Civil Veterinary Dept. Bombay admin report 1923-31 - 1923-1931
Year: 1923
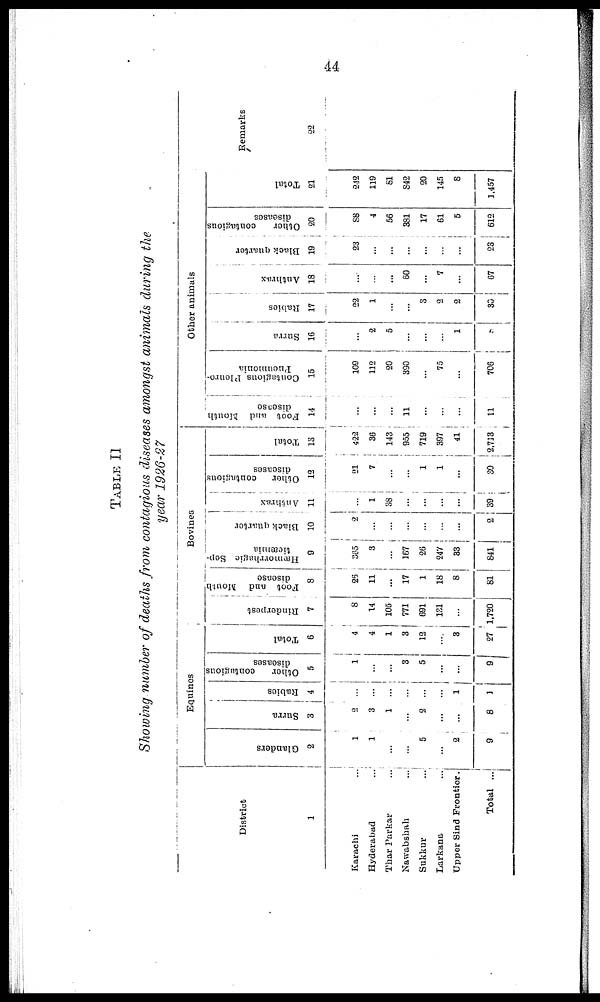
44
TABLE II
Showing number of deaths from contagious diseases amongst animals during the
year 1926-27
District
1
Karachi ...
Hyderabad ...
Thar Parkar ...
Nawabshah ...
Sukkur ...
Larkana ...
Upper Sind Frontier.
Total ...
Equines
Glanders
2
1
1
...
...
5
...
2
9
Surra
3
2
3
1
...
2
...
...
8
Rabies
4
...
...
...
...
...
...
1
1
Other
contagious
diseases
5
1
...
...
3
5
...
...
9
Total
6
4
4
1
3
12
...
3
27
Bovines
Rinderpest
7
8
14
105
771
691
131
...
1,720
Foot and Mouth
disease
8
25
11
...
17
1
18
8
81
Hæmorrhagic Sep-
ticæmia
9
365
3
...
167
26
247
33
841
Black quarter
10
2
...
...
...
...
...
...
2
Anthrax
11
...
1
38
...
...
...
...
39
Other contagious
diseases
12
21
7
...
...
1
1
...
30
Total
13
422
36
143
955
719
397
41
2,713
Other animals
Foot and Mouth
disease
14
...
...
...
11
...
...
...
11
Contagious Pleuro-
pneumonia
15
109
112
20
390
...
75
...
706
Surra
16
...
2
5
...
...
...
1
Rabies
17
22
1
...
...
3
2
2
30
Anthrax
18
...
...
...
60
...
7
...
67
Black quarter
19
23
...
...
...
...
...
...
23
Other
contagious
diseases
20
88
4
56
381
17
61
5
612
Total
21
242
119
81
842
20
145
8
1,457
Remarks
22